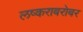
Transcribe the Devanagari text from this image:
लष्कराबरोबर